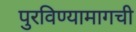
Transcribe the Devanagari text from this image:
पुरविण्यामागची